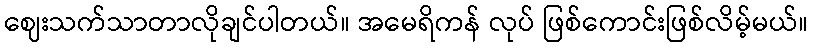
ဈေးသက်သာတာလိုချင်ပါတယ်။ အမေရိကန် လုပ် ဖြစ်ကောင်းဖြစ်လိမ့်မယ်။